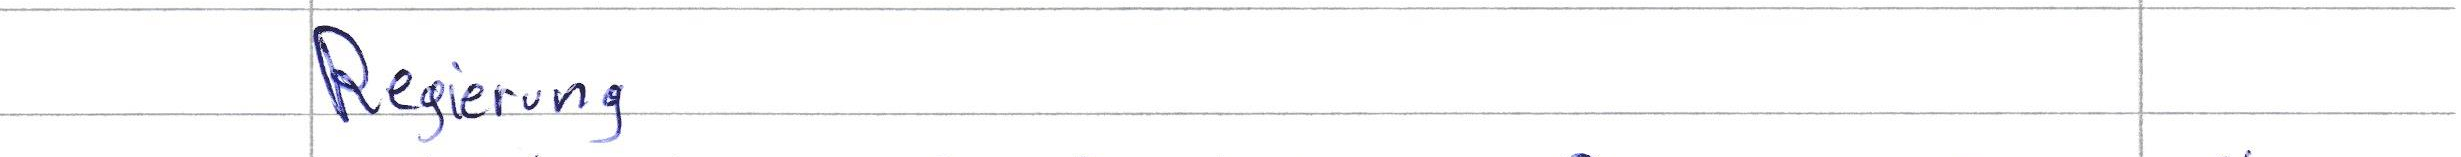
Regierung